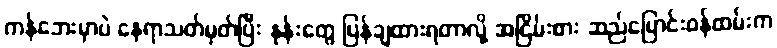
ကန်ဘေးမှာပဲ နေရာသတ်မှတ်ပြီး နုန်းတွေ ပြန်ချထားရတာလို့ အငြိမ်းစား ဆည်မြောင်းဝန်ထမ်းက